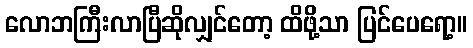
လောဘကြီးလာပြီဆိုလျှင်တော့ ထိဖို့သာ ပြင်ပေရော့။